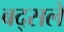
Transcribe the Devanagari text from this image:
बद्सले